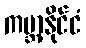
ကမ္ဘာ့နိုင်ငံ